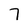
Character: 7